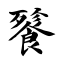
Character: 餮